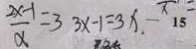
\frac { 2 x - 1 } { x } = 3 3 x - 1 = 3 x - 1 5